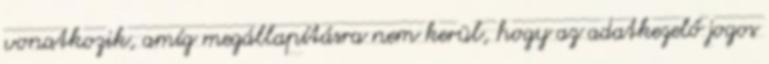
vonatkozik, amíg megállapításra nem kerül, hogy az adatkezelő jogos